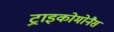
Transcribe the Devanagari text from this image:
ट्राइकोमोनैस